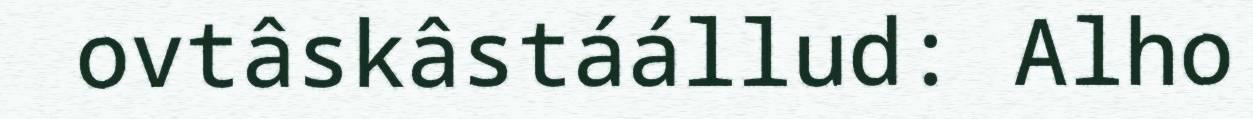
ovtâskâstáállud: Alho